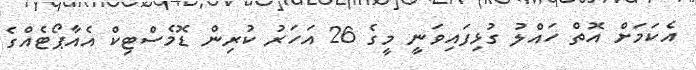
އެކަމަށް އޮތް ހައްލު ގުޅިފައިވަނީ މީގެ 26 އަހަރު ކުރިން ޑޮމެސްޓިކް އެއާޕޯޓެއްގެ